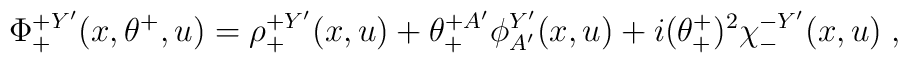
\Phi^{+Y'}_+(x,\theta^+,u) = \rho^{+Y'}_+(x,u) +\theta^{+A'}_+\phi^{Y'}_{A'}(x,u) +i(\theta^+_+)^2  \chi^{-Y'}_{-}(x,u)\; ,